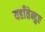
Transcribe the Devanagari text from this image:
यहाँतेन्दुए